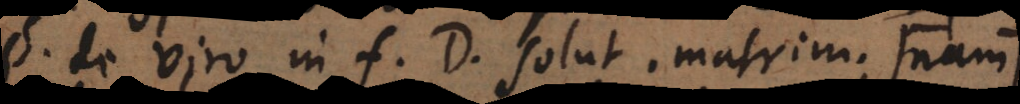
§ de viro in f. D. solut. matri